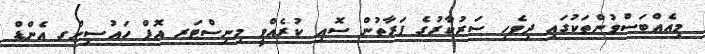
މިއެއްބަސްވުންތަކުގައި ދިވެހި ސަރުކާރުގެ ފަރާތުން ސޮއި ކުރެއްވީ މިނިސްޓަރ އޮފް ހައުސިންގ އެންޑް